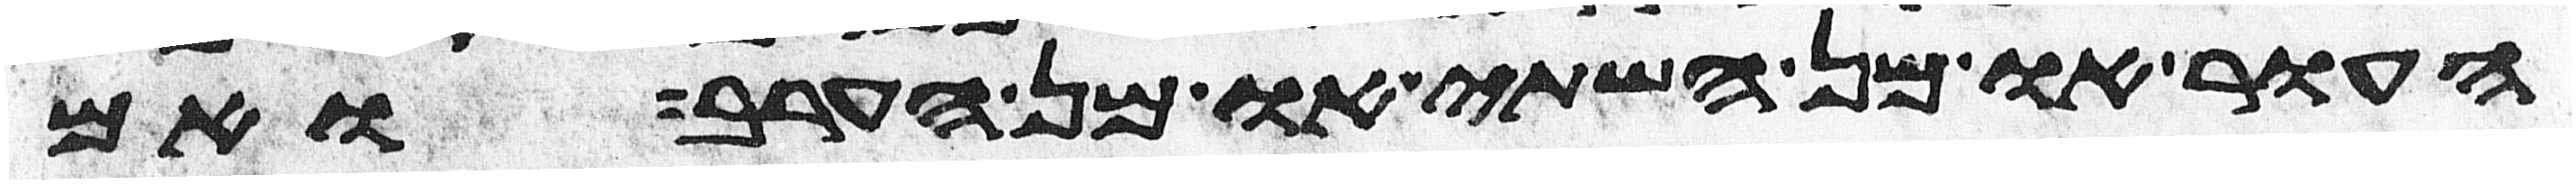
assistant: העור או מן השתי או מן הערב ואם